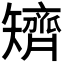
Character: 𥐌